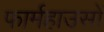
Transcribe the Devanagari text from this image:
फार्महाउसों